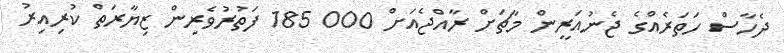
ދެހާސް ހަތަރެއްގެ ޖެނުއަރީން މާޗަށް ރާއްޖެއަށް 000 185 ފަތުރުވެރިން ޒިޔާރަތް ކުރިއިރު